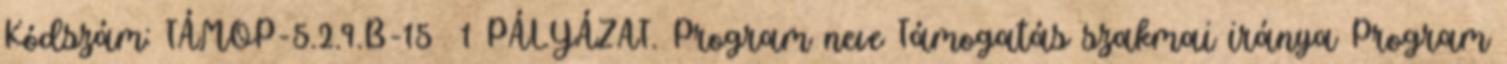
Kódszám: TÁMOP-5.2.9.B-15 1 PÁLYÁZAT. Program neve Támogatás szakmai iránya Program